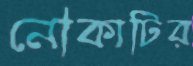
নৌকাটির